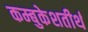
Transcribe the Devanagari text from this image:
कम्बुकेशतीर्थ